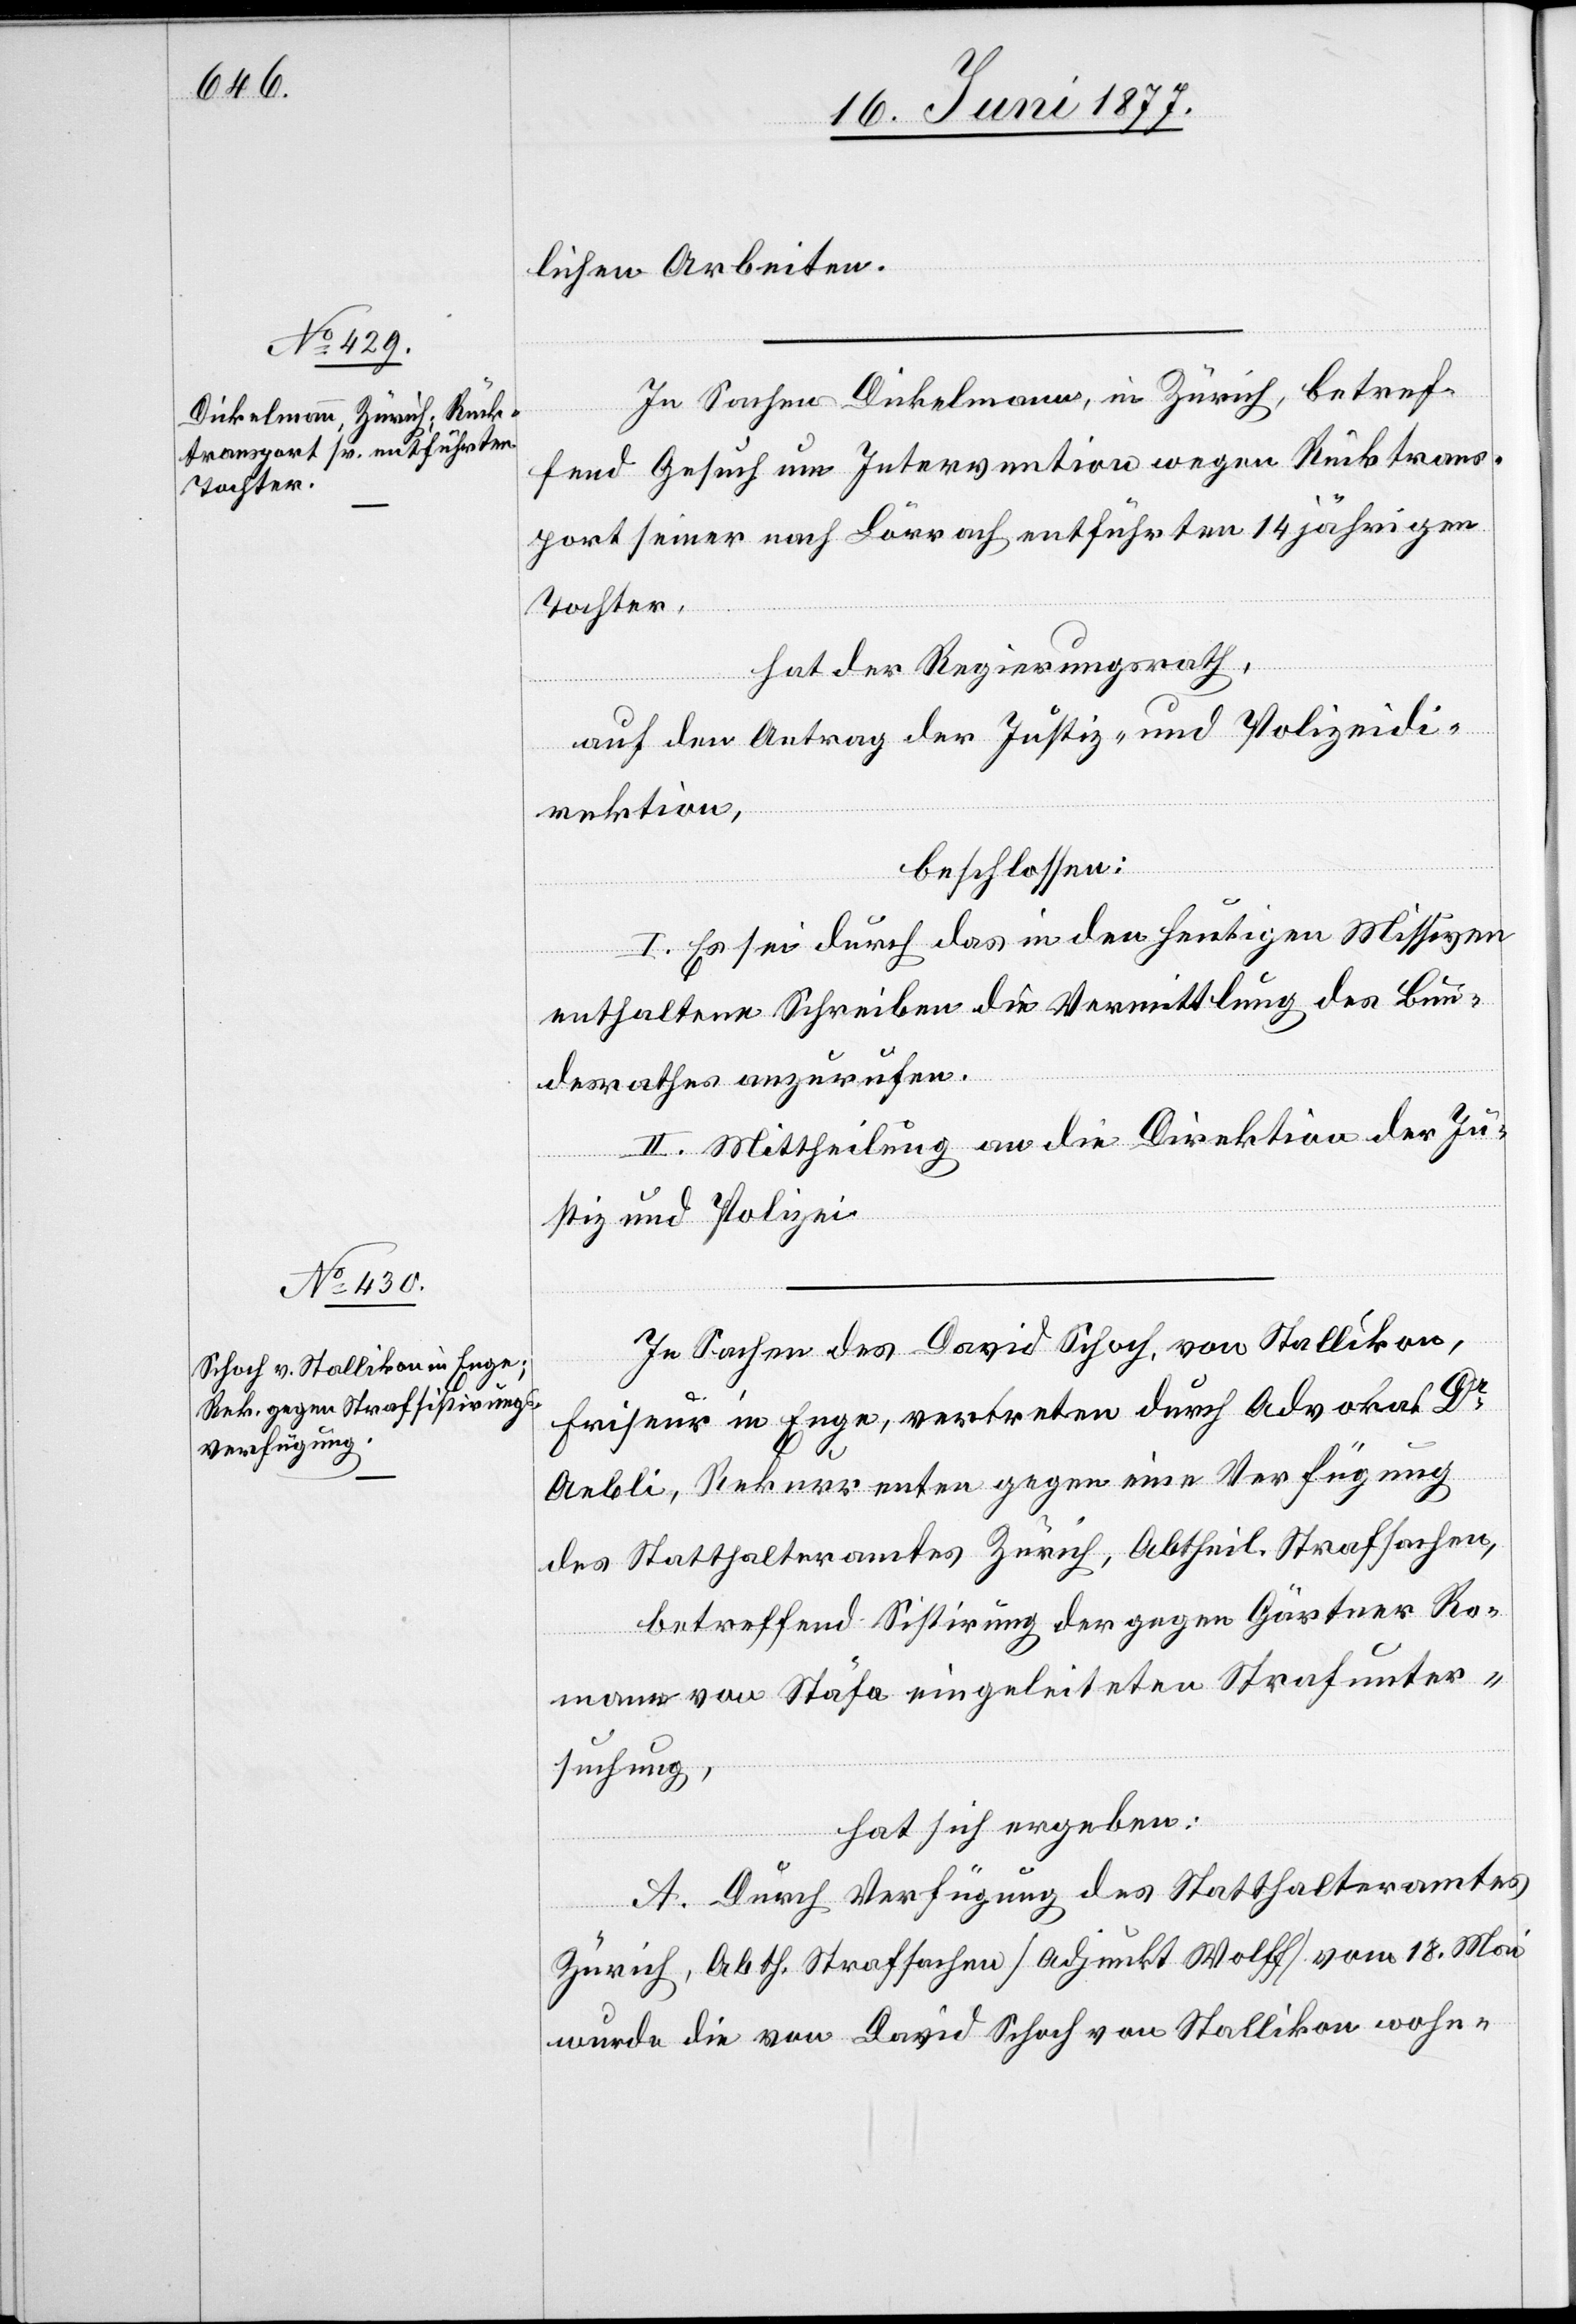
lichen Arbeiten.
In Sachen Dickelmann, in Zürich, betref¬
fend Gesuch um Intervention wegen Rücktrans¬
port seiner nach Lörrach entführten 14 jährigen
Tochter,
hat der Regierungsrath,
auf den Antrag der Justiz- und Polizeidi¬
rektion,
beschlossen:
I. Es ist durch das in den heutigen Missiven
enthaltene Schreiben die Vermittlung des Bun¬
desrathes anzurufen.
II. Mittheilung an die Direktion der Ju¬
stiz und Polizei.
In Sachen des David Schoch, von Stallikon,
Friseur in Enge, vertreten durch Advokat Dr
Aebli, Rekurrenten gegen eine Verfügung
des Statthalteramtes Zürich, Abtheil. Strafsachen,
betreffend Sistirung der gegen Gärtner Ro¬
mann von Stäfa eingeleiteten Strafunter¬
suchung,
hat sich ergeben:
A. Durch Verfügung des Statthalteramtes
Zürich, Abtheil. Strafsachen [Adjunkt Wolff] vom 18. Mai
wurde die von David Schoch von Stallikon wohn-